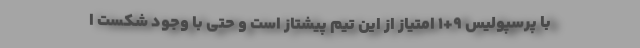
با پرسپولیس ۹+۱ امتیاز از این تیم پیشتاز است و حتی با وجود شکست ا